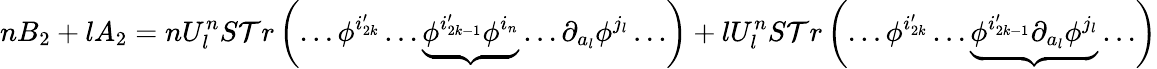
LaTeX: nB_{2}+lA_{2}=nU_{l}^{n}S\mathcal{T}r\left(\ldots\phi^{i_{2k}^{\prime}}\ldots\underbrace{{\phi^{i_{2k-1}^{\prime}}\phi^{i_{n}}}}\ldots\partial_{a_{l}}\phi^{j_{l}}\ldots\right)+lU_{l}^{n}S\mathcal{T}r\left(\ldots\phi^{i_{2k}^{\prime}}\ldots\underbrace{{\phi^{i_{2k-1}^{\prime}}\partial_{a_{l}}\phi^{j_{l}}}}\ldots\right)